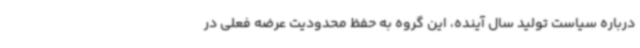
درباره سیاست تولید سال آینده، این گروه به حفظ محدودیت عرضه فعلی در